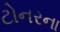
ટોનરના